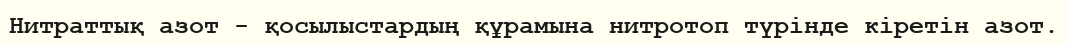
Нитраттық азот - қосылыстардың құрамына нитротоп түрінде кіретін азот.